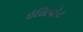
ઇલિયોટ